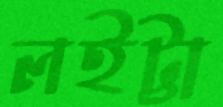
লইট্টা